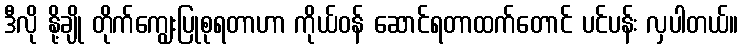
ဒီလို နို့ချို တိုက်ကျွေးပြုစုရတာဟာ ကိုယ်ဝန် ဆောင်ရတာထက်တောင် ပင်ပန်း လှပါတယ်။